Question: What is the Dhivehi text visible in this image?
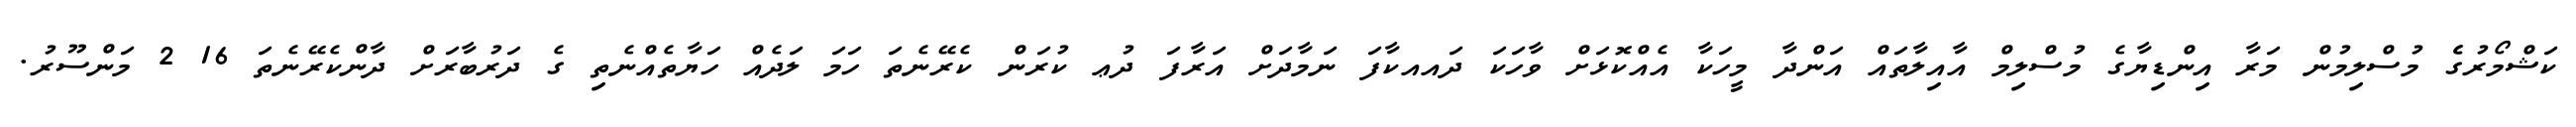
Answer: ކަޝްމޯރުގެެ މުސްލިމުން މަރާ އިންޑިޔާގެ މުސްލިމް އާއިލާތައް އަންދާ މީހަކާ އެއްކޮޅަށް ވާހަކަ ދައއކާފަ ނަމާދަށް އަރާފަ ދުޢ ކުރަން ކެރޭނެތަ ހަމަ ލަދެއް ހަޔާތެއްނެތި ގެ ދަރުބާރަށް ދާންކެރޭނެތަ 16 2 މަންސޫރު.